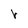
Character: r